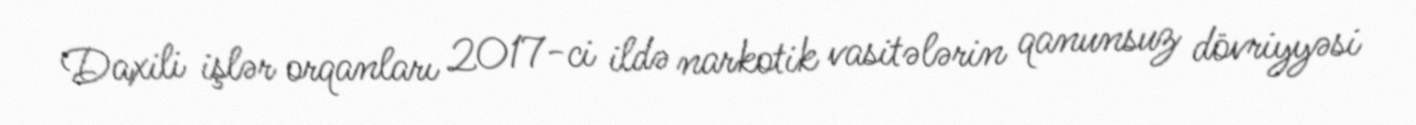
Daxili işlər orqanları 2017-ci ildə narkotik vasitələrin qanunsuz dövriyyəsi